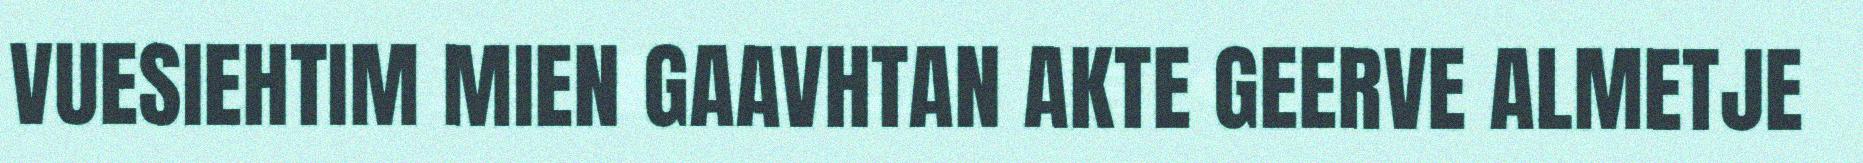
VUESIEHTIM MIEN GAAVHTAN AKTE GEERVE ALMETJE